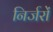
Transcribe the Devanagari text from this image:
निर्जरों